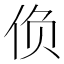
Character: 𰁾